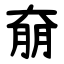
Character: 奟